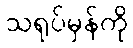
သရုပ်မှန်ကို